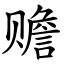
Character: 赡